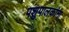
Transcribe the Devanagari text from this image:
पशुपालकांना